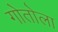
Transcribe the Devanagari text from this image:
गोतोला